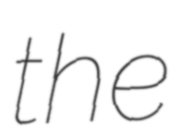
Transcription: the